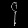
Digit: ၄